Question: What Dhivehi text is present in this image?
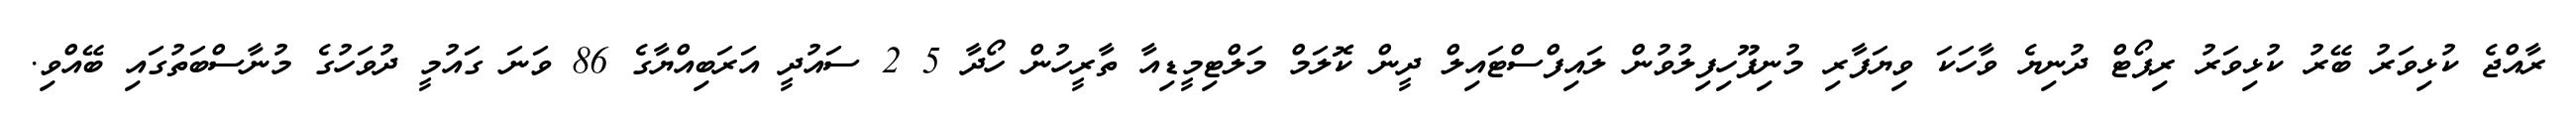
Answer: ރާއްޖެ ކުޅިވަރު ބޭރު ކުޅިވަރު ރިޕޯޓް ދުނިޔެ ވާހަކަ ވިޔަފާރި މުނިފޫހިފިލުވުން ލައިފްސްޓައިލް ދީން ކޮލަމް މަލްޓިމީޑިއާ ތާރީހުން ހޯދާ 5 2 ސައުދީ އަރަބިއްޔާގެ 86 ވަނަ ގައުމީ ދުވަހުގެ މުނާސްބަތުގައި ބޭއްވި.